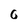
Character: 6